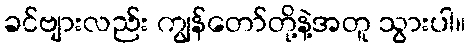
ခင်ဗျားလည်း ကျွန်တော်တို့နဲ့အတူ သွားပါ။